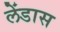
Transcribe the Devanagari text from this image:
लेंडास